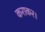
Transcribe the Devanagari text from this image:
कराकर।